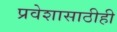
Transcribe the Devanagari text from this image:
प्रवेशासाठीही